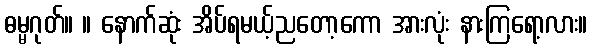
ဓမ္မဂုတ်။ ။ နောက်ဆုံး အိပ်ရမယ့်ညတော့ကော အားလုံး နားကြရော့လား။